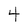
Character: 4